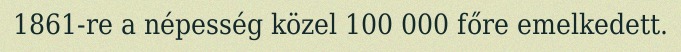
1861-re a népesség közel 100 000 főre emelkedett.